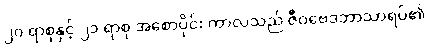
၂၀ ရာစုနှင့် ၂၁ ရာစု အစောပိုင်း ကာလသည် ဇီဝဗေဒဘာသာရပ်၏